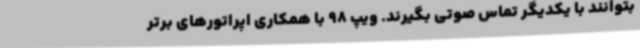
بتوانند با یکدیگر تماس صوتی بگیرند. ویپ 98 با همکاری اپراتورهای برتر